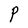
Character: P